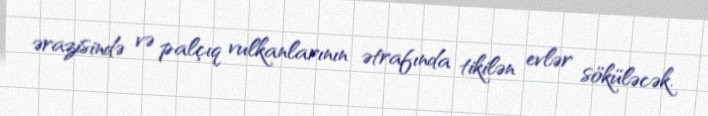
ərazisində və palçıq vulkanlarının ətrafında tikilən evlər söküləcək.